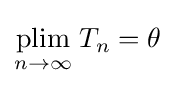
{\underset {n\to \infty }{\operatorname {plim} }}\;T_{n}=\theta